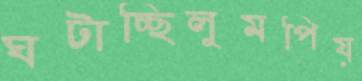
ঘটাচ্ছিলুমপিয়